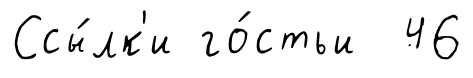
Ссы́лк'и го́стьи 46